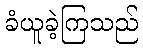
ခံယူခဲ့ကြသည်